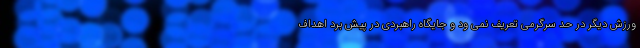
ورزش دیگر در حد سرگرمی تعریف نمی ‌ود و جایگاه راهبردی در پیش برد اهداف